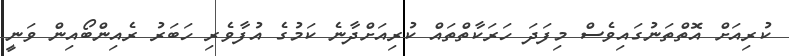
ކުރިއަށް އޮތްތަނުގައިވެސް މިފަދަ ހަރަކާތްތައް ކުރިއަށްދާނެ ކަމުގެ އުފާވެރި ހަބަރު ރެއިންބޯއިން ވަނީ